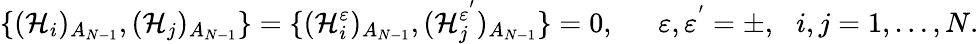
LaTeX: \{ (\mathcal{H}_{i})_{A_{N-1}},(\mathcal{H}_{j})_{A_{N-1}}\} =\{ (\mathcal{H}_{i}^{\varepsilon})_{A_{N-1}},(\mathcal{H}_{j}^{\varepsilon^{^{\prime}}})_{A_{N-1}}\} =0,\ \ \ \ \ \ \varepsilon,\varepsilon^{^{\prime}}=\pm,\, \ \ i,j=1,\ldots,N.